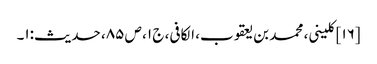
[۱۶] کلینی، محمد بن یعقوب، الکافی، ج ۱، ص ۸۵، حدیث:۱۔